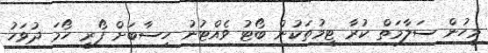
މީހުން ސަލާމަތް ކުރާ ޓީމުތަކުން ބޯޓު ވެއްޓުނު ހިސާބަށް ފޯރީ ހޯމަ ދުވަހު